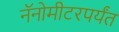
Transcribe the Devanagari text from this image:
नॅनोमीटरपर्यंत